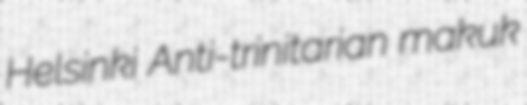
Helsinki Anti-trinitarian makuk